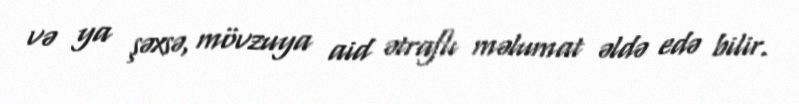
və ya şəxsə, mövzuya aid ətraflı məlumat əldə edə bilir.